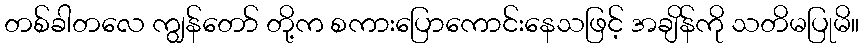
တစ်ခါတလေ ကျွန်တော် တို့က စကားပြောကောင်းနေသဖြင့် အချိန်ကို သတိမပြုမိ။